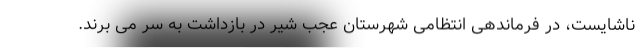
ناشایست، در فرماندهی انتظامی شهرستان عجب شیر در بازداشت به سر می برند.